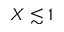
X \lesssim 1